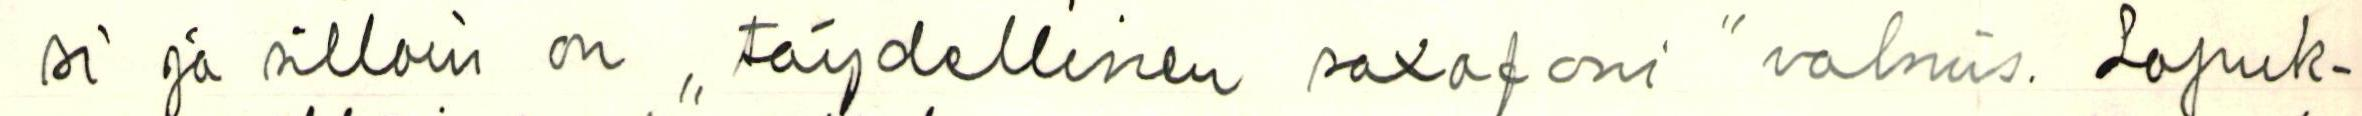
si ja silloin on ,, täydellinen saxofoni " valmis. Lopuk-